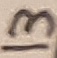
Text: 13